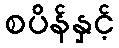
စပိန်နှင့်